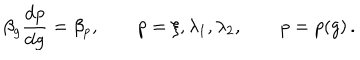
LaTeX: \beta _ { g } \frac { \mathrm { d } p } { \mathrm { d } g } = \beta _ { p } , \qquad p = \xi , \lambda _ { 1 } , \lambda _ { 2 } , \qquad p = p ( g ) \, .